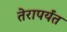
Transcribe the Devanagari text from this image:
तेरापर्यंत